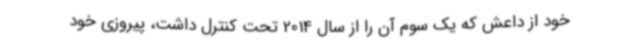
خود از داعش که یک سوم آن را از سال 2014 تحت کنترل داشت، پیروزی خود